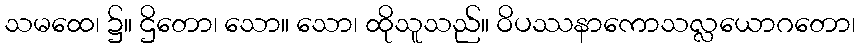
သမထေ၊ ၌။ ဌိတော၊ သော။ သော၊ ထိုသူသည်။ ဝိပဿနာကောသလ္လယောဂတော၊